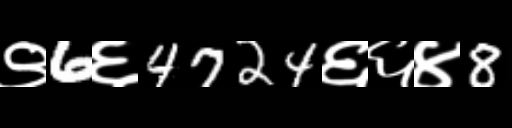
Text: ९6६4724६६४8